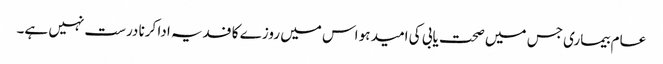
عام بیماری جس میں صحت یابی کی امید ہو اس میں روزے کا فدیہ ادا کرنا درست نہیں ہے۔